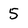
Character: 5